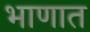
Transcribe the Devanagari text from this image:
भाणात